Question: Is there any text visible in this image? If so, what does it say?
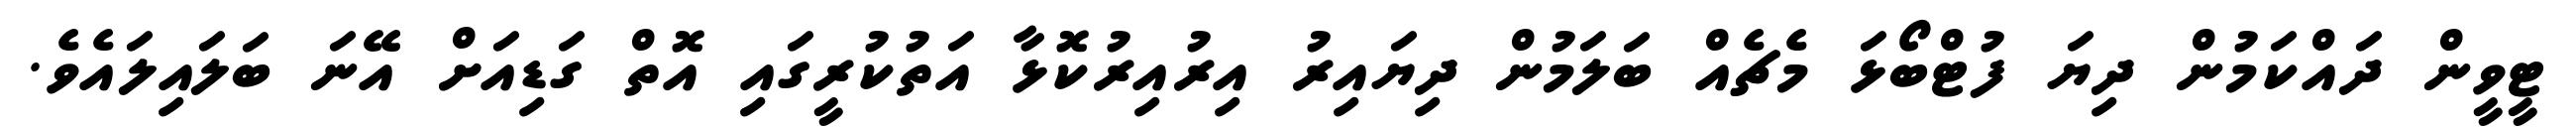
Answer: ޓީވީން ދައްކަމުން ދިޔަ ފުޓްބޯޅަ މެޗެއް ބަލަމުން ދިޔައިރު އިރުއިރުކޮޅާ އަތުކުރީގައި އޮތް ގަޑިއަށް އޭނަ ބަލައިލައެވެ.